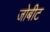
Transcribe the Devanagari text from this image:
जोबीट